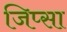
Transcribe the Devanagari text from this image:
जिप्सा